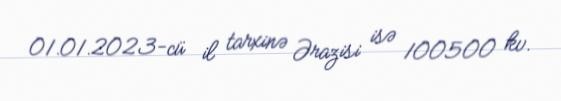
01.01.2023-cü il tarxinə Ərazisi isə 100500 kv.